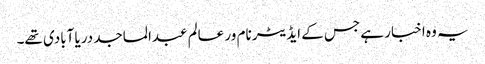
یہ وہ اخبار ہے جس کے ایڈیٹر نام ور عالم عبدالماجد دریا آبادی تھے۔